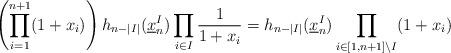
LaTeX: \begin{align*}\left( \prod_{i=1}^{n+1} (1+x_i) \right)h_{n-|I|}(\underline x_n^I) \prod_{i\in I} \frac{1}{1+x_i}=h_{n-|I|}(\underline x_n^I) \prod_{i\in [1,n+1]\setminus I} (1+x_i)\end{align*}